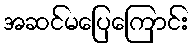
အဆင်မပြေကြောင်း